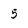
Character: 5